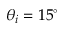
\theta _ { i } = 1 5 ^ { \circ }